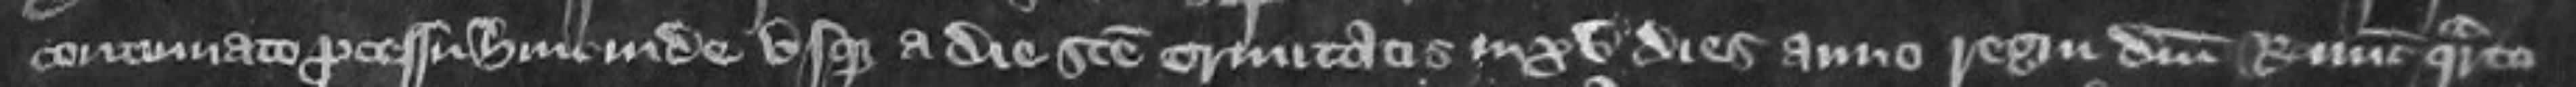
continuato processu hinc inde usque a die Sancte Trinitatis in xv dies anno regni domini regis nunc quarto